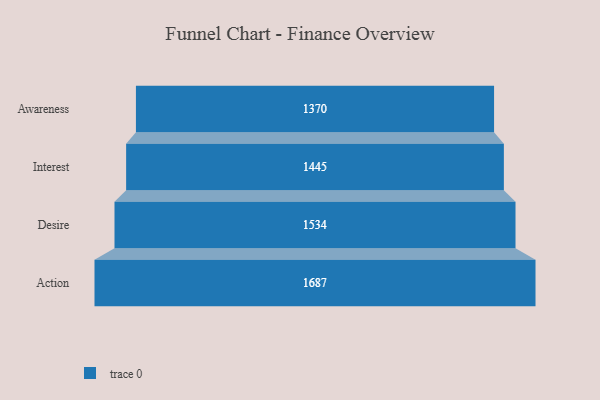
{"axis": {"x": "Stage", "y": "Value"}, "legend": [""], "data": [{"x": "Awareness", "y": 1370.0, "type": ""}, {"x": "Interest", "y": 1445.0, "type": ""}, {"x": "Desire", "y": 1534.0, "type": ""}, {"x": "Action", "y": 1687.0, "type": ""}]}